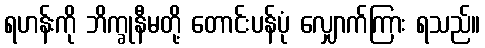
ရဟန်းကို ဘိက္ခုနီမတို့ တောင်းပန်ပုံ လျှောက်ကြား ရသည်။